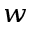
^ { w }